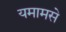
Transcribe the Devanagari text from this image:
यमामसे